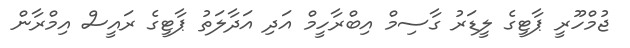
ޖުމްހޫރީ ޕާޓީގެ ލީޑަރު ގާސިމް އިބްރާހީމް އަދި އަދާލަތު ޕާޓީގެ ރައީސް އިމްރާން